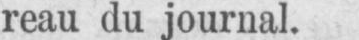
reau du journal.